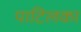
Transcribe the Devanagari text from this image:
पाटिलका